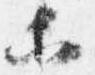
等